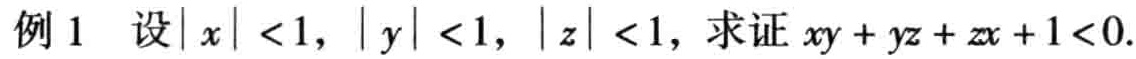
例1 设\(|x| < 1\)，\(|y| < 1\)，\(|z| < 1\)，求证\(xy + yz + zx + 1<0\).